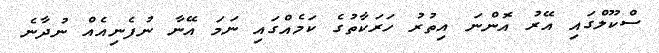
ސްކޫލްގައި އޭރު އޮންނަ އިތުރު ހަރަކާތުގެ ކަމެއްގައި ނަމަ އޭނާ ނުފެނިއެއް ނުދާނެ